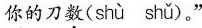
你的刀数( shù shǔ )。”